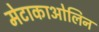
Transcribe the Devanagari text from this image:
मेटाकाओलिन